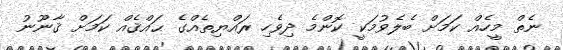
ނެތް މީހެއް ކަމަށް ބެލެވުމަކީ ކޮންމެ ދިވެހި ރައްޔިތެއްގެ ޙައްޤެއް ކަމަށް ޤާނޫނު